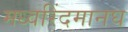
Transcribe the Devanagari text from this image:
मध्वरिंदमानघ